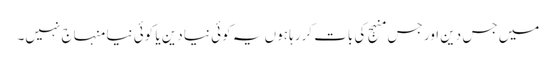
میں جس دین اور جس منہج کی بات کررہا ہوں یہ کوئی نیا دین یا کوئی نیا منہاج نہیں۔